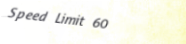
Speed Limit 60